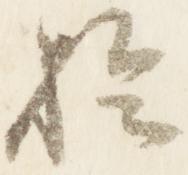
於